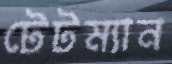
টেটম্যান